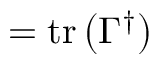
= \operatorname { t r } \left( \Gamma ^ { \dagger } \right)